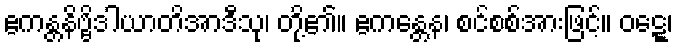
ဧကန္တနိဗ္ဗိဒါယာတိအာဒီသု၊ တို့၏။ ဧကန္တေန၊ စင်စစ်အားဖြင့်။ ဝဋ္ဋေ၊